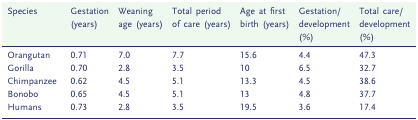
<table><thead><tr><td><b>Species</b></td><td><b>Gestation (years)</b></td><td><b>Weaning age (years)</b></td><td><b>Total period of care (years)</b></td><td><b>Age at first birth (years)</b></td><td><b>Gestation/ development (%)</b></td><td><b>Total care/ development (%)</b></td></tr></thead><tbody><tr><td>Orangutan</td><td>0.71</td><td>7.0</td><td>7.7</td><td>15.6</td><td>4.4</td><td>47.3</td></tr><tr><td>Gorilla</td><td>0.70</td><td>2.8</td><td>3.5</td><td>10</td><td>6.5</td><td>32.7</td></tr><tr><td>Chimpanzee</td><td>0.62</td><td>4.5</td><td>5.1</td><td>13.3</td><td>4.5</td><td>38.6</td></tr><tr><td>Bonobo</td><td>0.65</td><td>4.5</td><td>5.1</td><td>13</td><td>4.8</td><td>37.7</td></tr><tr><td>Humans</td><td>0.73</td><td>2.8</td><td>3.5</td><td>19.5</td><td>3.6</td><td>17.4</td></tr></tbody></table>